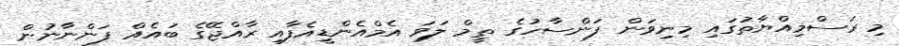
މި ރަސްމިއްޔާތުގައި މިނިވަން ފަންސާހުގެ ތީމް ލަވަ އެމްއެންޑީއެފާއި ރާއްޖޭގެ ބައެއް ފަންނާނުން